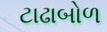
ટાઢાબોળ